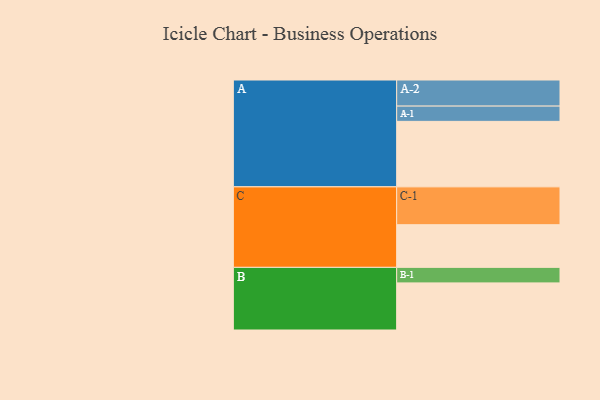
{"axis": {"x": "Segment", "y": "Value"}, "legend": ["", "A", "B", "C"], "data": [{"x": "A", "y": 502, "type": ""}, {"x": "B", "y": 361, "type": ""}, {"x": "C", "y": 327, "type": ""}, {"x": "A-1", "y": 117, "type": "A"}, {"x": "A-2", "y": 200, "type": "A"}, {"x": "B-1", "y": 119, "type": "B"}, {"x": "C-1", "y": 290, "type": "C"}]}